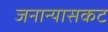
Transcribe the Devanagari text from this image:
जनान्यासकट